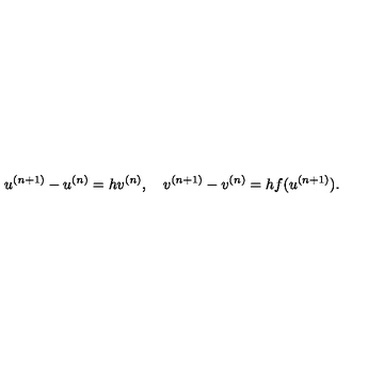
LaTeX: u ^ { ( n + 1 ) } - u ^ { ( n ) } = h v ^ { ( n ) } , \quad v ^ { ( n + 1 ) } - v ^ { ( n ) } = h f ( u ^ { ( n + 1 ) } ) .